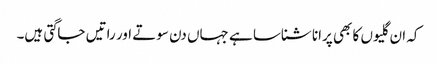
کہ ان گلیوں کا بھی پرانا شناسا ہے جہاں دن سوتے اور راتیں جاگتی ہیں۔